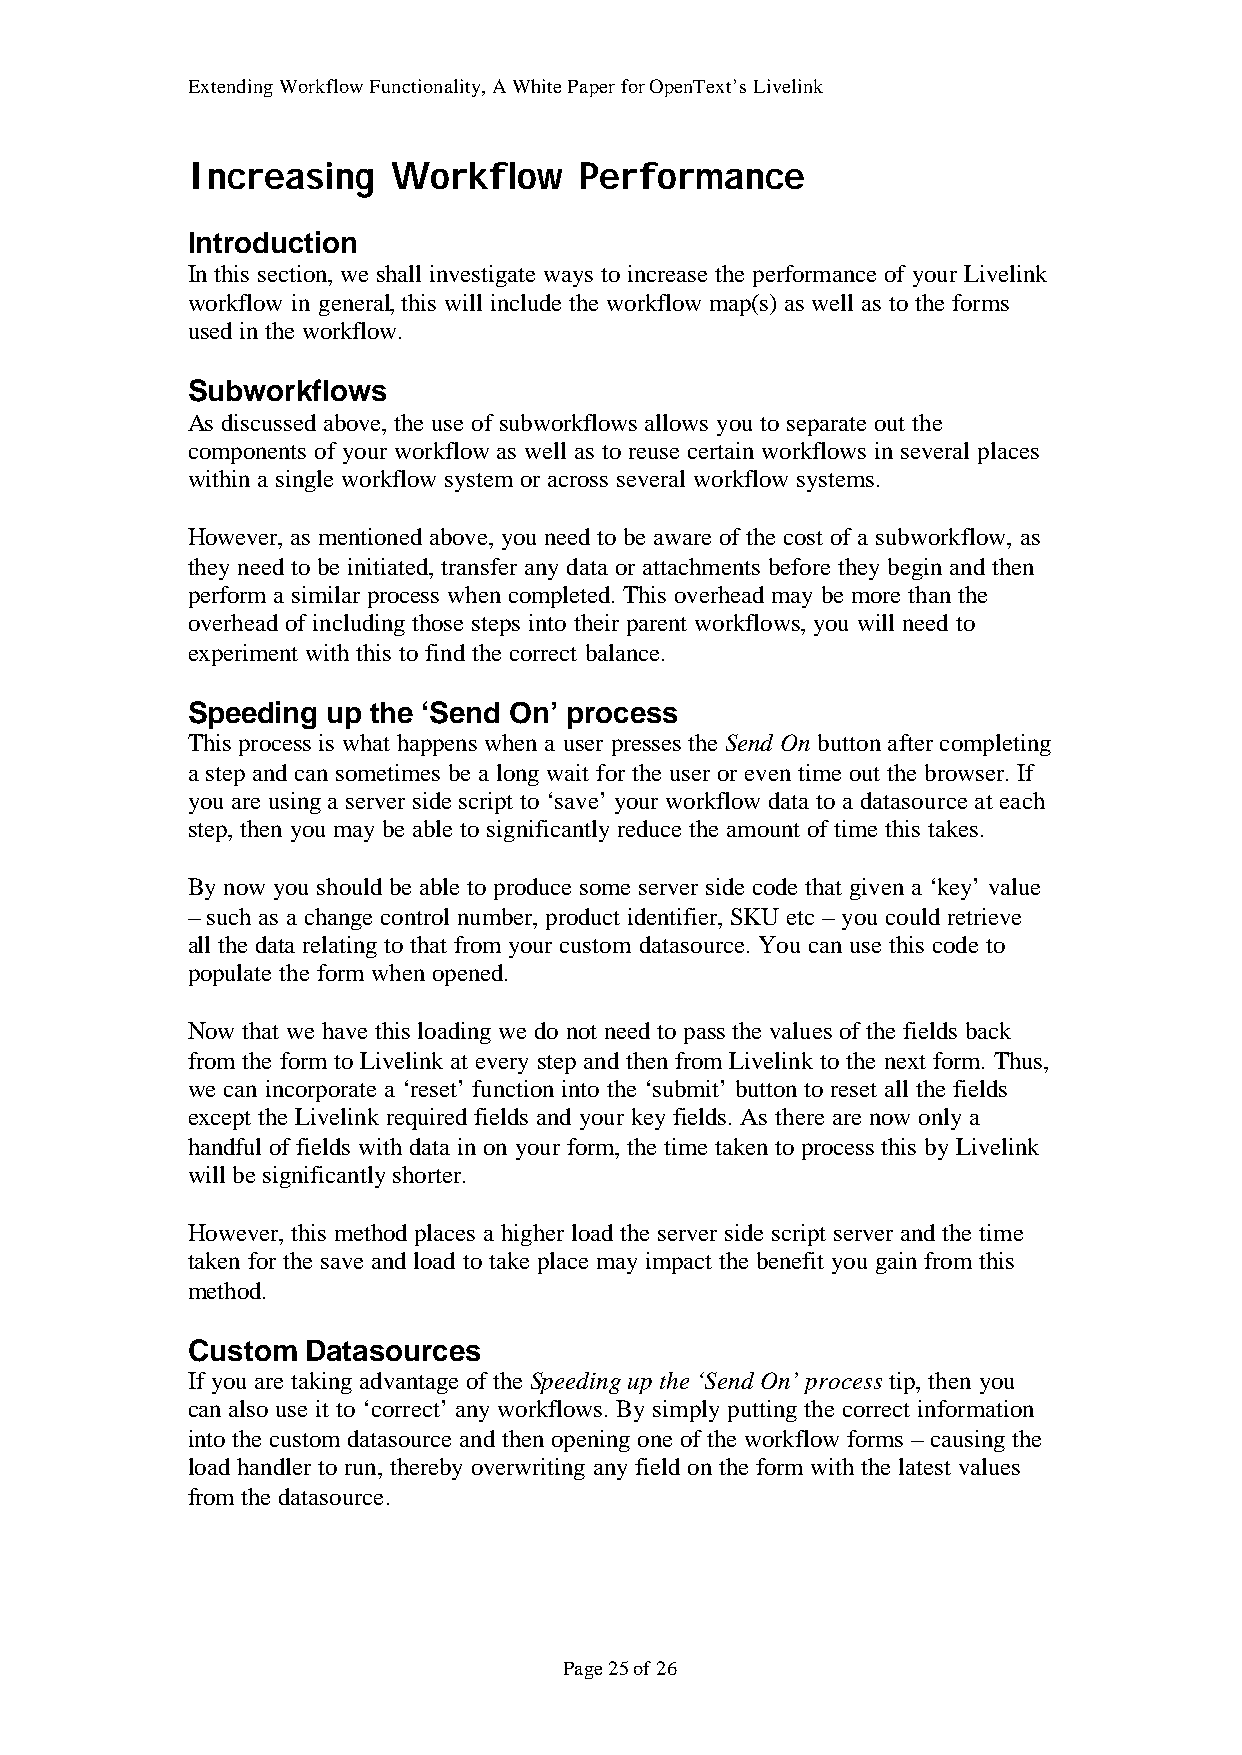
Extending Workflow Functionality, A White Paper for OpenText’s Livelink
 Increasing    Workflow    Performance
 Introduction
 In this section, we shall investigate ways to increase the performance of your Livelink
 workflow in general, this will include the workflow map(s) as well as to the forms
 used in the workflow.
 Subworkflows
 As discussed above, the use of subworkflows allows you to separate out the
 components of your workflow as well as to reuse certain workflows in several places
 within a single workflow system or across several workflow systems.
 However, as mentioned above, you need to be aware of the cost of a subworkflow, as
 they need to be initiated, transfer any data or attachments before they begin and then
 perform a similar process when completed. This overhead may be more than the
 overhead of including those steps into their parent workflows, you will need to
 experiment with this to find the correct balance.
 Speeding  up the ‘Send On’ process
 This process is what happens when a user presses the Send On button after completing
 a step and can sometimes be a long wait for the user or even time out the browser. If
 you are using a server side script to ‘save’ your workflow data to a datasource at each
 step, then you may be able to significantly reduce the amount of time this takes.
 By now you should be able to produce some server side code that given a ‘key’ value
 – such as a change control number, product identifier, SKU etc – you could retrieve
 all the data relating to that from your custom datasource. You can use this code to
 populate the form when opened.
 Now that we have this loading we do not need to pass the values of the fields back
 from the form to Livelink at every step and then from Livelink to the next form. Thus,
 we can incorporate a ‘reset’ function into the ‘submit’ button to reset all the fields
 except the Livelink required fields and your key fields. As there are now only a
 handful of fields with data in on your form, the time taken to process this by Livelink
 will be significantly shorter.
 However, this method places a higher load the server side script server and the time
 taken for the save and load to take place may impact the benefit you gain from this
 method.
 Custom  Datasources
 If you are taking advantage of the Speeding up the ‘Send On’ process tip, then you
 can also use it to ‘correct’ any workflows. By simply putting the correct information
 into the custom datasource and then opening one of the workflow forms – causing the
 load handler to run, thereby overwriting any field on the form with the latest values
 from the datasource.
 Page 25 of 26